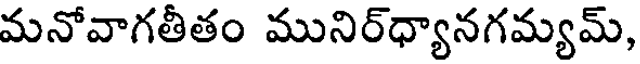
మనోవాగతీతం మునిర్ధ్యానగమ్యమ్,